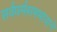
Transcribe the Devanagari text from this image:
सर्वधर्मसमभावाने